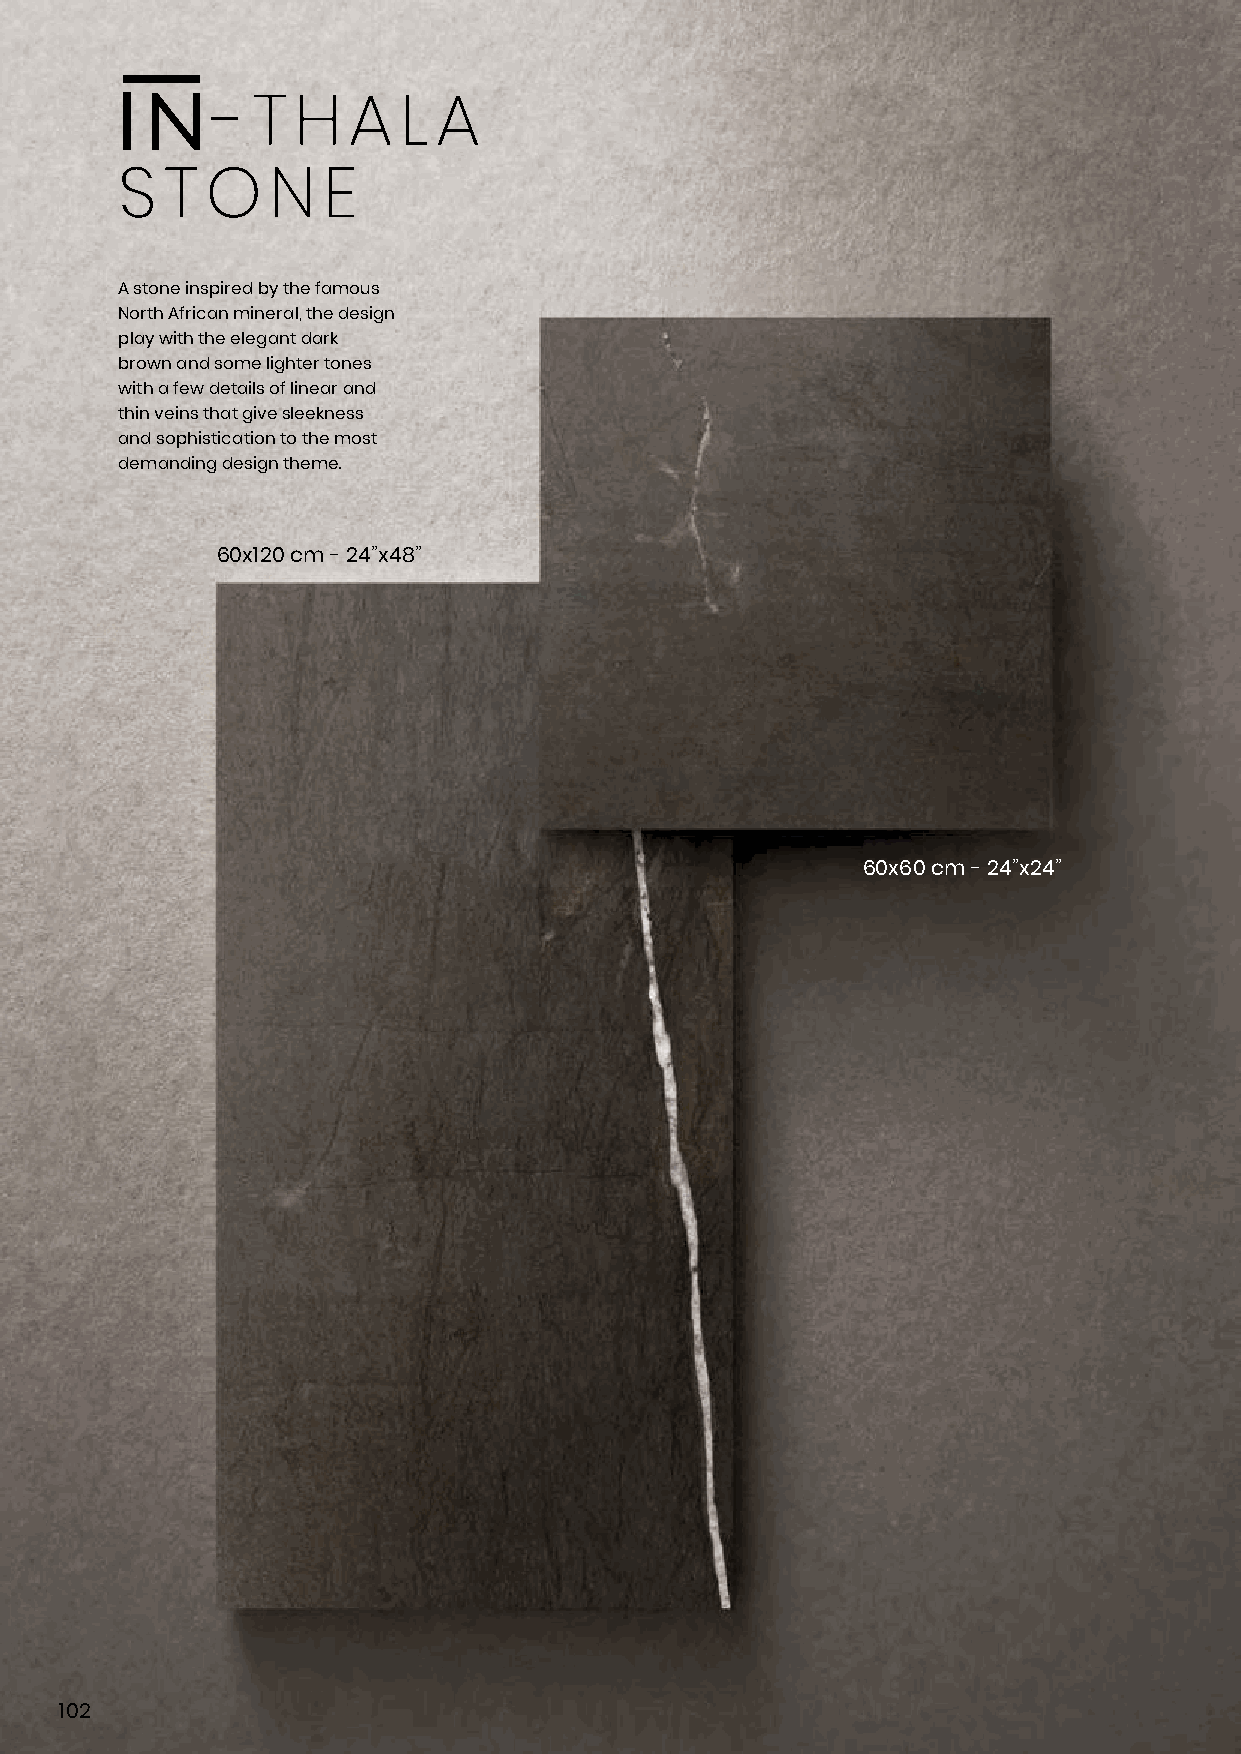
-  T H   A  L  A
 S  T  O   N  E
 A stone inspired by the famous
 North African mineral, the design
 play with the elegant dark
 brown and some lighter tones
 with a few details of linear and
 thin veins that give sleekness
 and sophistication to the most
 demanding design theme.
 60x120 cm - 24”x48”
 60x60 cm - 24”x24”
 102